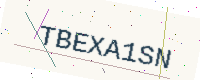
Text: TBEXA1SN